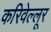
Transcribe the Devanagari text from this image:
करिवेल्लूर